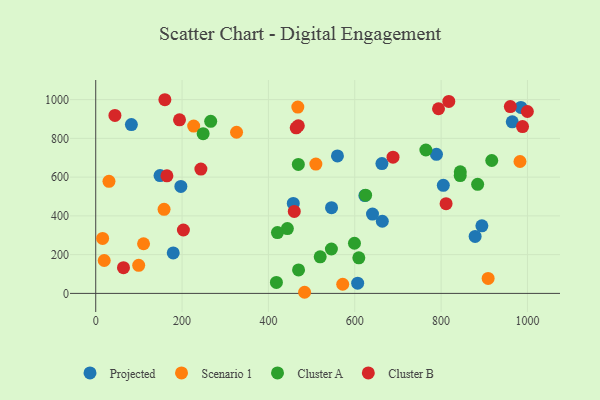
{"axis": {"x": "Ad Spend", "y": "Profit"}, "legend": ["Cluster A", "Cluster B", "Projected", "Scenario 1"], "data": [{"x": "805.1", "y": 557.6, "type": "Projected"}, {"x": "641.1", "y": 409.4, "type": "Projected"}, {"x": "894.4", "y": 348.5, "type": "Projected"}, {"x": "559.9", "y": 709.4, "type": "Projected"}, {"x": "197.2", "y": 552.1, "type": "Projected"}, {"x": "82.6", "y": 871.4, "type": "Projected"}, {"x": "663.8", "y": 372.2, "type": "Projected"}, {"x": "179.5", "y": 209.0, "type": "Projected"}, {"x": "457.6", "y": 464.2, "type": "Projected"}, {"x": "964.8", "y": 885.5, "type": "Projected"}, {"x": "606.7", "y": 53.0, "type": "Projected"}, {"x": "789.2", "y": 717.6, "type": "Projected"}, {"x": "623.4", "y": 504.9, "type": "Projected"}, {"x": "984.8", "y": 959.5, "type": "Projected"}, {"x": "878.8", "y": 294.0, "type": "Projected"}, {"x": "149.0", "y": 608.2, "type": "Projected"}, {"x": "662.9", "y": 670.0, "type": "Projected"}, {"x": "546.2", "y": 442.4, "type": "Projected"}, {"x": "30.7", "y": 578.2, "type": "Scenario 1"}, {"x": "468.1", "y": 961.5, "type": "Scenario 1"}, {"x": "16.0", "y": 283.8, "type": "Scenario 1"}, {"x": "226.9", "y": 863.4, "type": "Scenario 1"}, {"x": "158.3", "y": 433.7, "type": "Scenario 1"}, {"x": "110.8", "y": 256.1, "type": "Scenario 1"}, {"x": "509.9", "y": 667.3, "type": "Scenario 1"}, {"x": "326.2", "y": 831.5, "type": "Scenario 1"}, {"x": "572.1", "y": 47.2, "type": "Scenario 1"}, {"x": "483.8", "y": 5.8, "type": "Scenario 1"}, {"x": "99.5", "y": 144.8, "type": "Scenario 1"}, {"x": "982.7", "y": 680.6, "type": "Scenario 1"}, {"x": "908.9", "y": 77.3, "type": "Scenario 1"}, {"x": "19.7", "y": 169.7, "type": "Scenario 1"}, {"x": "469.8", "y": 120.9, "type": "Cluster A"}, {"x": "266.3", "y": 887.8, "type": "Cluster A"}, {"x": "545.9", "y": 229.1, "type": "Cluster A"}, {"x": "519.9", "y": 188.7, "type": "Cluster A"}, {"x": "443.9", "y": 334.4, "type": "Cluster A"}, {"x": "625.1", "y": 506.7, "type": "Cluster A"}, {"x": "844.4", "y": 627.3, "type": "Cluster A"}, {"x": "884.6", "y": 562.9, "type": "Cluster A"}, {"x": "420.9", "y": 313.8, "type": "Cluster A"}, {"x": "469.3", "y": 665.4, "type": "Cluster A"}, {"x": "609.4", "y": 183.4, "type": "Cluster A"}, {"x": "599.3", "y": 258.8, "type": "Cluster A"}, {"x": "764.7", "y": 740.0, "type": "Cluster A"}, {"x": "844.2", "y": 608.1, "type": "Cluster A"}, {"x": "248.8", "y": 824.4, "type": "Cluster A"}, {"x": "418.5", "y": 56.4, "type": "Cluster A"}, {"x": "917.3", "y": 685.8, "type": "Cluster A"}, {"x": "464.3", "y": 854.3, "type": "Cluster B"}, {"x": "160.2", "y": 999.4, "type": "Cluster B"}, {"x": "817.8", "y": 990.5, "type": "Cluster B"}, {"x": "243.6", "y": 641.5, "type": "Cluster B"}, {"x": "194.1", "y": 895.6, "type": "Cluster B"}, {"x": "988.6", "y": 860.7, "type": "Cluster B"}, {"x": "64.3", "y": 132.8, "type": "Cluster B"}, {"x": "811.5", "y": 463.2, "type": "Cluster B"}, {"x": "688.6", "y": 703.1, "type": "Cluster B"}, {"x": "960.3", "y": 963.8, "type": "Cluster B"}, {"x": "44.5", "y": 918.2, "type": "Cluster B"}, {"x": "459.9", "y": 423.1, "type": "Cluster B"}, {"x": "999.8", "y": 938.6, "type": "Cluster B"}, {"x": "164.9", "y": 606.9, "type": "Cluster B"}, {"x": "469.3", "y": 865.2, "type": "Cluster B"}, {"x": "794.0", "y": 952.9, "type": "Cluster B"}, {"x": "203.1", "y": 327.1, "type": "Cluster B"}]}